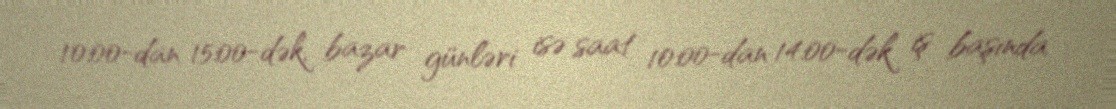
10:00-dan 15:00-dək, bazar günləri isə saat 10:00-dan 14:00-dək iş başında